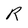
Character: R